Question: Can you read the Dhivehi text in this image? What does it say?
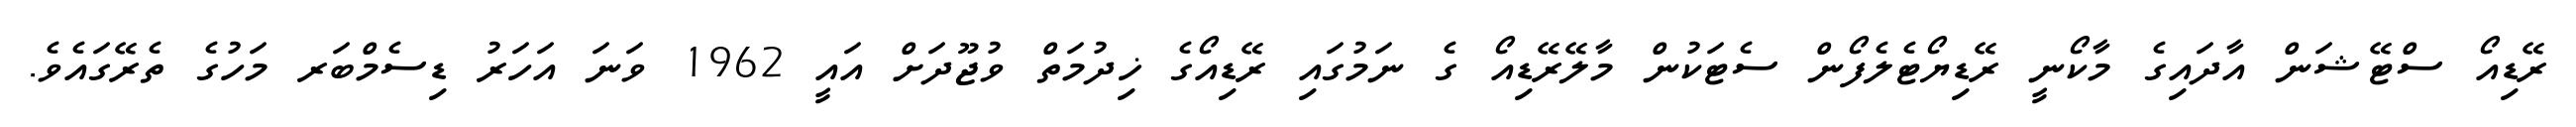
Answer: ރޭޑިއޯ ސްޓޭޝަން އާދައިގެ މާކޯނީ ރޭޑިޔޯޓެލެފޯން ސެޓަކުން މާލޭރޭޑިއޯ ގެ ނަމުގައި ރޭޑިއޯގެ ޚިދުމަތް ވުޖޫދަށް އައީ 1962 ވަނަ އަހަރު ޑިސެމްބަރ މަހުގެ ތެރޭގައެވެ.